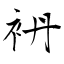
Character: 袇